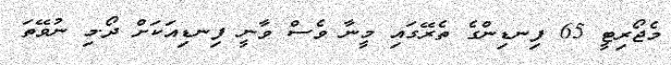
މެޖޯރިޓީ 65 ފިނޑިންގެ ތެރޭގައި މީނާ ވެސް ވާނީ ފިނޑިއަކަށް ދޯ.މި ނުވޭތަ